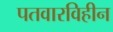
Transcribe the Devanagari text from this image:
पतवारविहीन